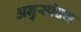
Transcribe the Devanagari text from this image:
अनुस्पंदन